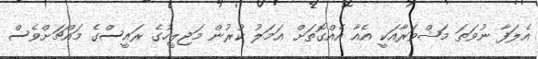
އެލަފާ ނުވަތަ މަޝްވަރާއަކީ އެއާ އެއްގޮތަށް ޢަމަލު ކުރުން މަޖިލީހުގެ ރައީސްގެ މައްޗަށްވެސް